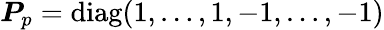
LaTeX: \boldsymbol{P}_{p}=\operatorname{diag}(1,\dots,1,-1,\dots,-1)